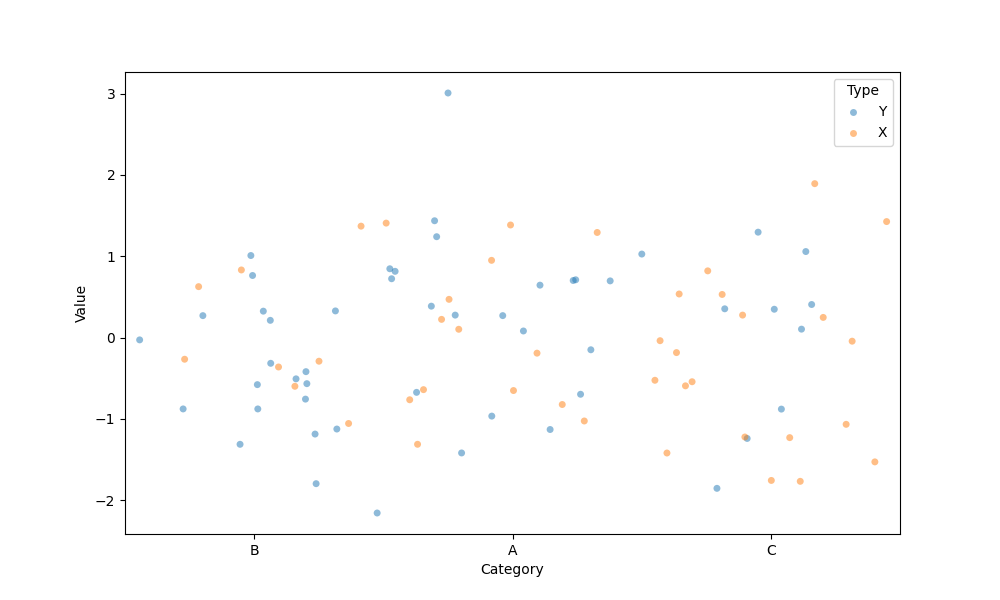
python, seaborn, stripplot, jitter=True, dodge=True, alpha=0.5, size=5